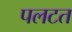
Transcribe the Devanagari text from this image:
पलटत